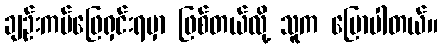
ချဉ်းကပ်ဖြေရှင်းရမှာ ဖြစ်တယ်လို့ သူက ပြောပါတယ်။